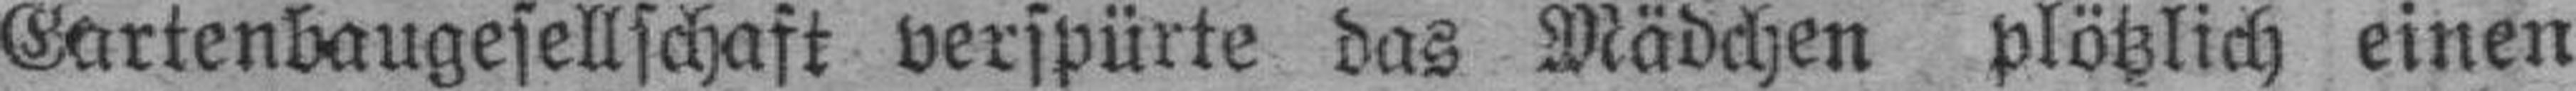
Gartenbaugesellschaft verspürte das Mädchen plötzlich einen